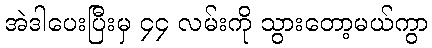
အဲဒါပေးပြီးမှ ၄၄ လမ်းကို သွားတော့မယ်ကွာ